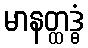
မာနတ္ထဒ္ဓံ